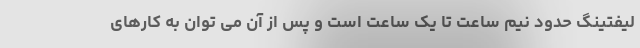
لیفتینگ حدود نیم ساعت تا یک ساعت است و پس از آن می توان به کارهای